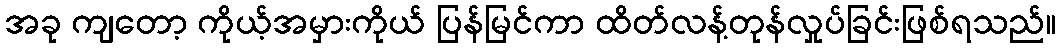
အခု ကျတော့ ကိုယ့်အမှားကိုယ် ပြန်မြင်ကာ ထိတ်လန့်တုန်လှုပ်ခြင်းဖြစ်ရသည်။